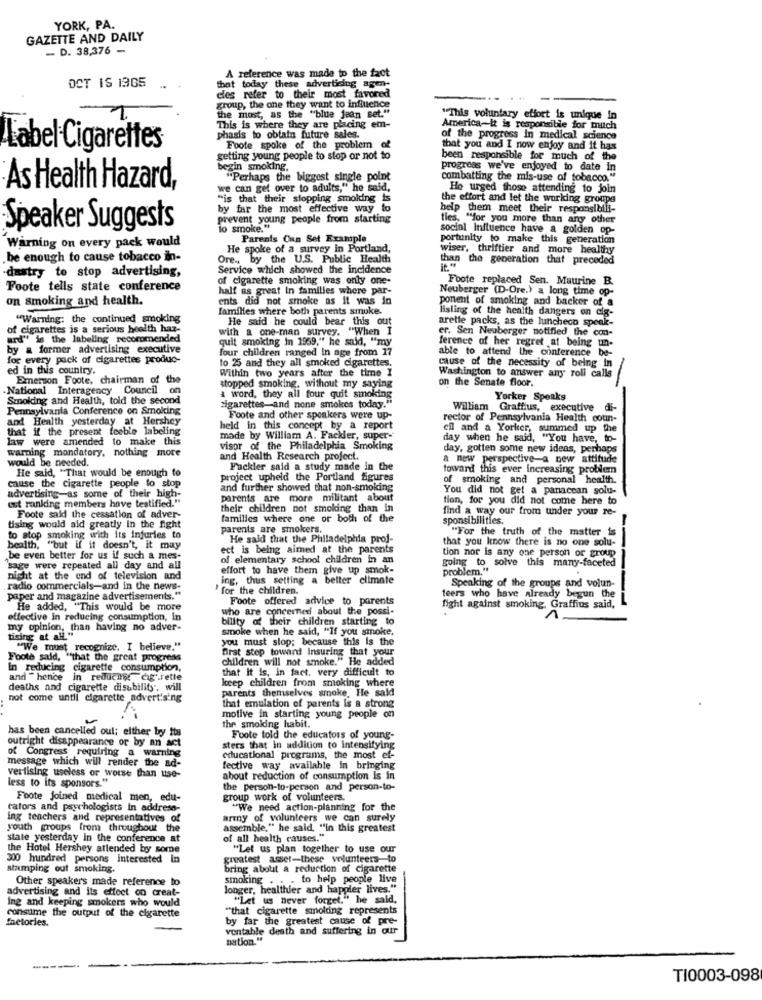
YORK, PA.
GAZETTE AND DAILY
- D. 38,376 -
A reference was made to the fact
OCT IS 1365
that today these advertising agen-
cles refer to their most favored
group, the one they want to influence
the most, as the "blue jean set."
"This voluntary effort is unique in
This is where they are placing em-
America-it is responsible for much
phasis to obtain future sales.
of the progress in medical science
Label Cigarettes
Foote spoke of the problem of
that you and I now enjoy and it has
getting young people to stop or not to
been responsible for much of the
begin smoking.
progress we've enjoyed to date in
"Perhaps the biggest single point
combatting the mis-use of tobacco."
:As Health Hazard,
we can get over to adults," he said,
He urged those attending to join
"is that their stopping smolding is
the effort and let the working groupe
by far the most effective way to
help them meet their responsibili-
prevent young people from starting
ties, "for you more than any other
Speaker Suggests
lo smoke."
social Influence have a golden op-
Parents Can Set Example
portunity to make this generation
Warning on every pack would
He spoke of a survey in Portland,
wiser, thriftier and more healthy
be enough to cause tobacco in-
Ore ,, by the U.S. Public Health
than the generation that preceded
Service which showed the incidence
dastry to stop advertising,
of cigarette smoking was only one-
Foote replaced Sen. Maurine B.
Foote tells state conference
half as great In families where par-
Neuberger (D-Ore.) a long time op-
on smoking and health.
ents did not smoke as it was in
ponent of smoking and backer of a
families where both parents smuke.
listing of the health dangers on dig-
"Warning: the continued smoking
He said he could bear this out
arette packs, as the luncheon speak-
of cigarettes is a serious health haz-
with a one-man survey. "When I
er. Sen Neuberger notified the con-
ard" is the labeling recommended
quit smoking in 1959," he said, "my
ference of her regret at being un-
by a former advertising executive
four children ranged in age from 17
able to attend the conference be-
for every pack of cigarettes produc-
to 25 and they all smoked cigarettes.
cause of the necessity of being in
ed in this country.
Within two years after the time I
Washington to answer any roll calls
Emerson Foote, chairman of the
on the Senate floor.
National Interagency Council on
stopped smoking, without my saying
Smolding and Health, told the second
a word, they all four quit smoking
cigarettes-and none smokes today."
Yorker Speaks
Pennsylvania Conference on Smoking
William Graffius, executive di-
and Health yesterday at Hershey
Foote and other speakers were up-
rector of Pennsylvania Health coun-
that if the present feeble labeling
held in this concept by a report
ell and a Yorker, summed up the
law were amended to make this
made by William A. Fackler, super-
day when he said, "You have, to-
warning mandatory, nothing more
visor of the Philadelphia Smoking
day, gotten some new ideas, perhaps
would be needed.
and Health Research project.
a new perspective-a new attitude
He said, "That would be enough to
Fackler said a study made in the
toward this ever increasing problem
cause the cigarette people to stop
project upheld the Portland figures
of smoking and personal health.
and further showed that non-smoking
You did not get a panacean solu-
advertising-as some of their high-
est ranking members have testified."
parents are more militant about
tion, for you did not come here to
their children not smoking than in
find a way our from under your re-
Foote said the cessation of adver-
families where one or both of the
sponsibilities.
tising would aid greatly In the fight
parents are smokers.
"For the truth of the matter is
-
to stop smoking with its injuries to
He said that the Philadelphia proj-
that you know there is no one solu-
health, "but if it doesn't, it may
ect is being aimed at the parents
be even better for us if such a mes-
of elementary school children in an
tion nor is any one person or group
going to solve this many-faceted
sage were repeated all day and all
effort to have them give up smok-
problem."
night at the end of television and
ing, thus setting a better climate
Speaking of the groups and volun-
radio commercials-and in the news-
'for the children.
paper and magazine advertisements."
Foote offered advice to parents
teers who have already begun the
He added, "This would be more
who are concerned about the possi-
fight against smoking, Graffius said,
effective in reducing consumption, in
bility of their children starting to
my opinion, than having no adver-
smoke when he said, "If you smoke,
tising at all."
you must slop; because this is the
"We must recognize. I believe."
first step toward insuring that your
Foote said, "that the great progress
children will not smoke." He added
cigarette consumption,
that It is, in fact. very difficult to
and hence in reduchst cig .dette
keep children from smoking where
deaths and cigarette disability. will
parents themselves smoke. He said
not come untli cigarette advertising
that emulation of parents is a strong
the smoking habit.
motive in starting young people on
has been cancelled oul; either by Its
outright disappearance or by an act
Foote told the educators of young-
sters that in addition to Intensifying
of Congress requiring a warning
educational programs, the most ef-
message which will render the ad-
fective way available in bringing
vertising useless or worse than use-
less to its sponsors."
about reduction of consumption is in
the person-to-person and person-to-
Foote Joined medical men, edu-
group work of volunteers.
cators and psychologists in address-
"We need action-planning for the
ing teachers and representatives of
army of volunteers we can surely
youth groups from throughout the
assemble," he said, "in this greatest
state yesterday In the conference at
of all health causes."
the Hotel Hershey attended by some
"Let us plan together to use our
300 hundred persons interested In
greatest asser-these volunteers-to
stamping out smoking.
bring about a reduction of cigarette
Other speaker's made reference to
smoking
to help people live
advertising and its effect co creat-
Jonger, healthier and happier lives."
Ing and keeping smokers who would
"Let us never forget." he said,
consume the output of the cigarette
"that cigarette smoking represents
factories.
by far the greatest cause of pre-
ventable death and suffering in our
nation."
TI0003-098